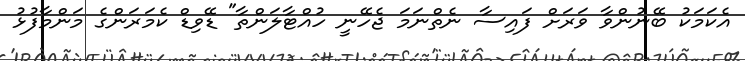
އެކަމަކު ބޭނުންވާ ވަރަށް ފައިސާ ނެތްނަމަ ޖެހޭނީ ހުއްޓާލަންތާ" ޑޭވިޑް ކެމަރަންގެ މަންމާފުޅު